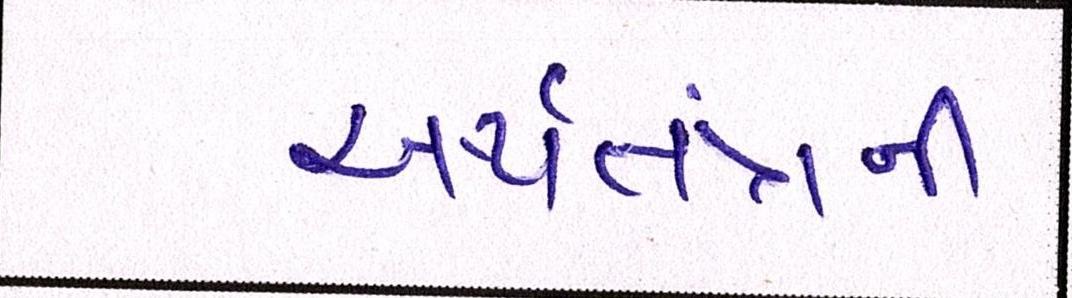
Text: અર્થતંત્રની